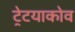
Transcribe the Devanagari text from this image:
ट्रेटयाकोव